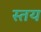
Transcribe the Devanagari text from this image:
स्तय